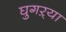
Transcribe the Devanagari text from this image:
घुगऱ्या